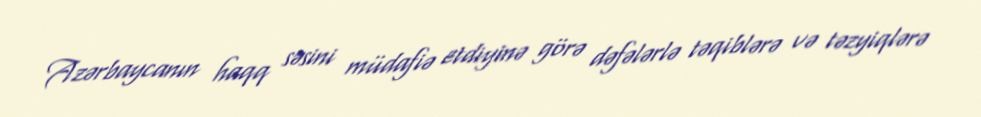
Azərbaycanın haqq səsini müdafiə etdiyinə görə dəfələrlə təqiblərə və təzyiqlərə